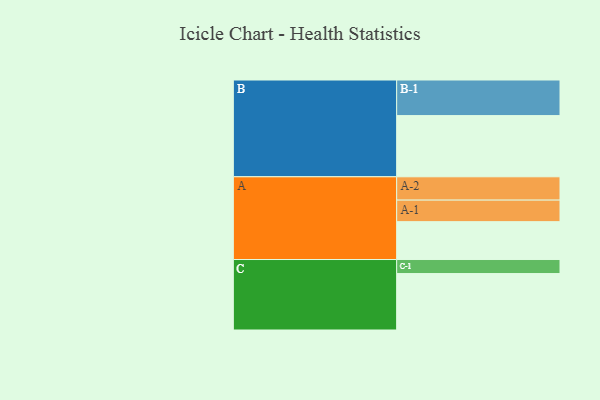
{"axis": {"x": "Segment", "y": "Value"}, "legend": ["", "A", "B", "C"], "data": [{"x": "A", "y": 318, "type": ""}, {"x": "B", "y": 514, "type": ""}, {"x": "C", "y": 474, "type": ""}, {"x": "A-1", "y": 181, "type": "A"}, {"x": "A-2", "y": 196, "type": "A"}, {"x": "B-1", "y": 299, "type": "B"}, {"x": "C-1", "y": 118, "type": "C"}]}